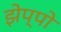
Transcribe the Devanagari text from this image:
झेप्पो